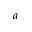
a